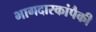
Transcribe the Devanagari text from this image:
भागदारकांपैकी